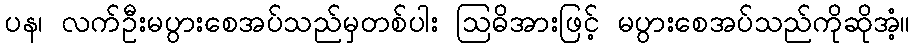
ပန၊ လက်ဦးမပွားစေအပ်သည်မှတစ်ပါး ဩဓိအားဖြင့် မပွားစေအပ်သည်ကိုဆိုအံ့။